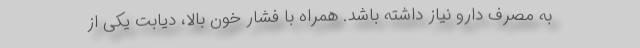
به مصرف دارو نیاز داشته باشد. همراه با فشار خون بالا، دیابت یکی از